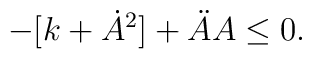
- [k + \dot{A}^2] + \ddot{A} A \leq 0.